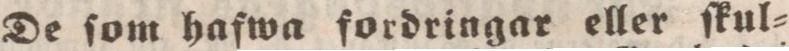
De ſom hafwa fordringar eller ſkul=